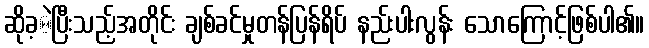
ဆိုခ့ဲပြီးသည့်အတိုင်း ချစ်ခင်မှုတန်ပြန်ရိပ် နည်းပါးလွန်း သောကြောင့်ဖြစ်ပါ၏။